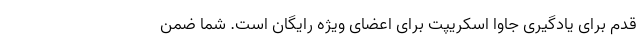
قدم برای یادگیری جاوا اسکریپت برای اعضای ویژه رایگان است. شما ضمن